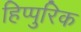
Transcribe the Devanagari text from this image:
हिप्पुरिक